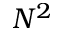
N ^ { 2 }